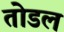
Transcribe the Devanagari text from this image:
तोडल